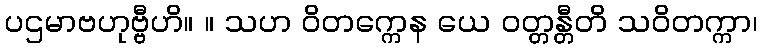
ပဌမာဗဟုဗ္ဗီဟိ။ ။ သဟ ဝိတက္ကေန ယေ ဝတ္တန္တီတိ သဝိတက္ကာ၊